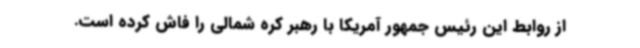
از روابط این رئیس جمهور آمریکا با رهبر کره شمالی را فاش کرده است.